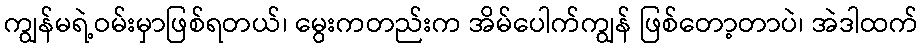
ကျွန်မရဲ့ဝမ်းမှာဖြစ်ရတယ်၊ မွေးကတည်းက အိမ်ပေါက်ကျွန် ဖြစ်တော့တာပဲ၊ အဲဒါထက်